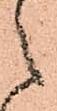
之